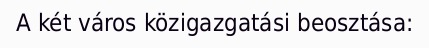
A két város közigazgatási beosztása: